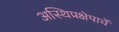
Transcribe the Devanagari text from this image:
अस्थिप्रक्षेपाचें